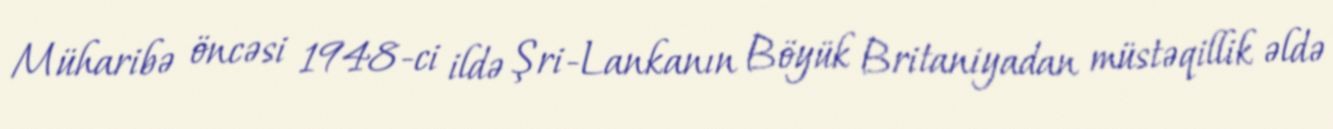
Müharibə öncəsi 1948-ci ildə Şri-Lankanın Böyük Britaniyadan müstəqillik əldə